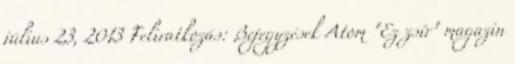
július 23, 2013 Feliratkozás: Bejegyzések Atom "Ez zsír" magazin